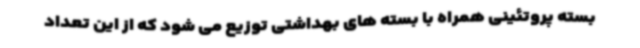
بسته پروتئینی همراه با بسته های بهداشتی توزیع می شود که از این تعداد